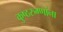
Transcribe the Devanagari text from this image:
कुष्ठरुग्णांना